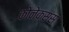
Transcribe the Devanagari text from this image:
कोनेक्संस